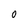
Character: 0